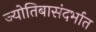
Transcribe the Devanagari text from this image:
ज्योतिबासंदर्भात